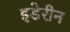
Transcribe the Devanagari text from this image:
इडेरीन